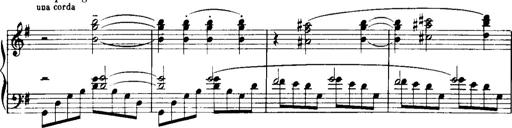
Title: Historische ungarische Bildnisse
Composer: Franz Liszt